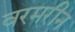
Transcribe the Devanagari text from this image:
वरमरीन